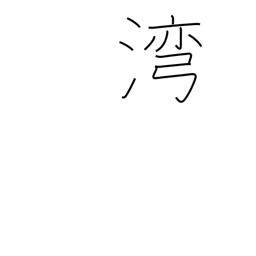
Meaning: gulf